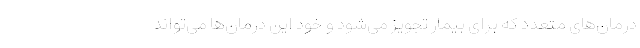
درمان‌های متعدد که برای بیمار تجویز می‌شود و خود این درمان‌ها می‌تواند